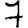
Digit: 7